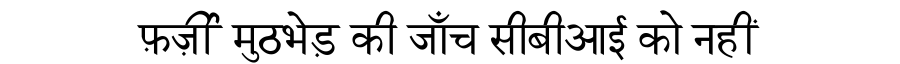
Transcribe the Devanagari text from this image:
फ़र्ज़ी मुठभेड़ की जाँच सीबीआई को नहीं